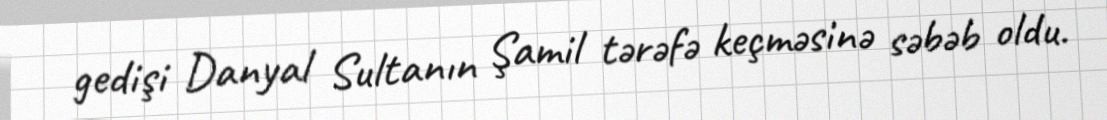
gedişi Danyal Sultanın Şamil tərəfə keçməsinə səbəb oldu.